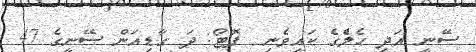
ސޭނީ އަދި ހެލެްގެ ކައިވެނި  ފޮޓޯ: ދަ ގާޑިއަން ސޭނީގެ 47